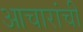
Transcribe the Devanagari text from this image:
आचारांची